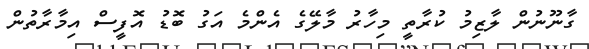
ގާނޫނުން ލާޒިމު ކުރާތީ މިހާރު މާލޭގެ އެންމެ އަގު ބޮޑު އޮފީސް އިމާރާތުން